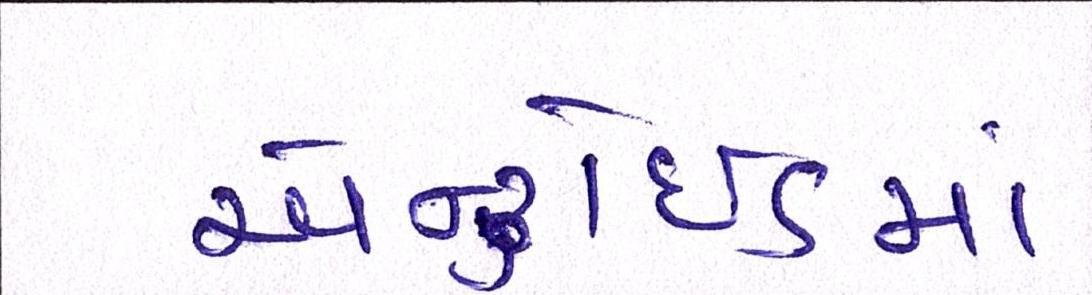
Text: એન્ડ્રોઇડમાં